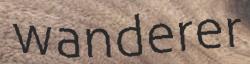
wanderer